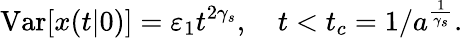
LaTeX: \mathrm{Var}[x(t|0)]=\varepsilon_{1}t^{2\gamma_{s}},\quad t<t_{c}=1/a^{\frac{1}{\gamma_{s}}}.